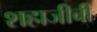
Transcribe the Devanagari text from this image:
शहाजीची